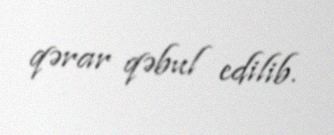
qərar qəbul edilib.